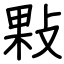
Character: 敤